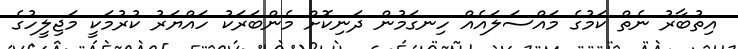
އިތުބާރު ނެތް ކަމުގެ މައްސަލައެއް ހިނގަމުން ދަނިކޮށް މެންބަރަކު ހައްޔަރު ކުރުމަކީ މަޖިލީހުގެ